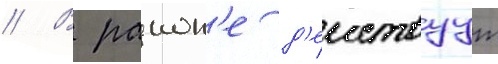
// В раион'е д'еиствуут